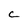
Character: C